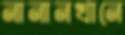
নানানখানে